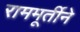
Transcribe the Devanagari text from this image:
राममूर्तीने